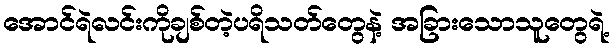
အောင်ရဲလင်းကိုချစ်တဲ့ပရိသတ်တွေနဲ့ အခြားသောသူတွေရဲ့